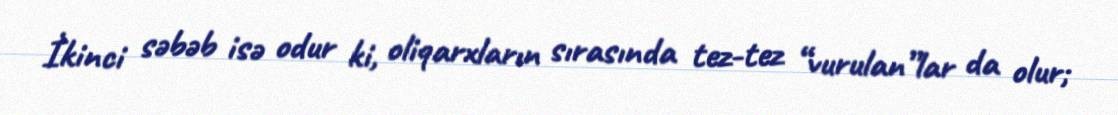
İkinci səbəb isə odur ki, oliqarxların sırasında tez-tez “vurulan”lar da olur;